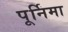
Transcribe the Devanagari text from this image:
पूर्निमा